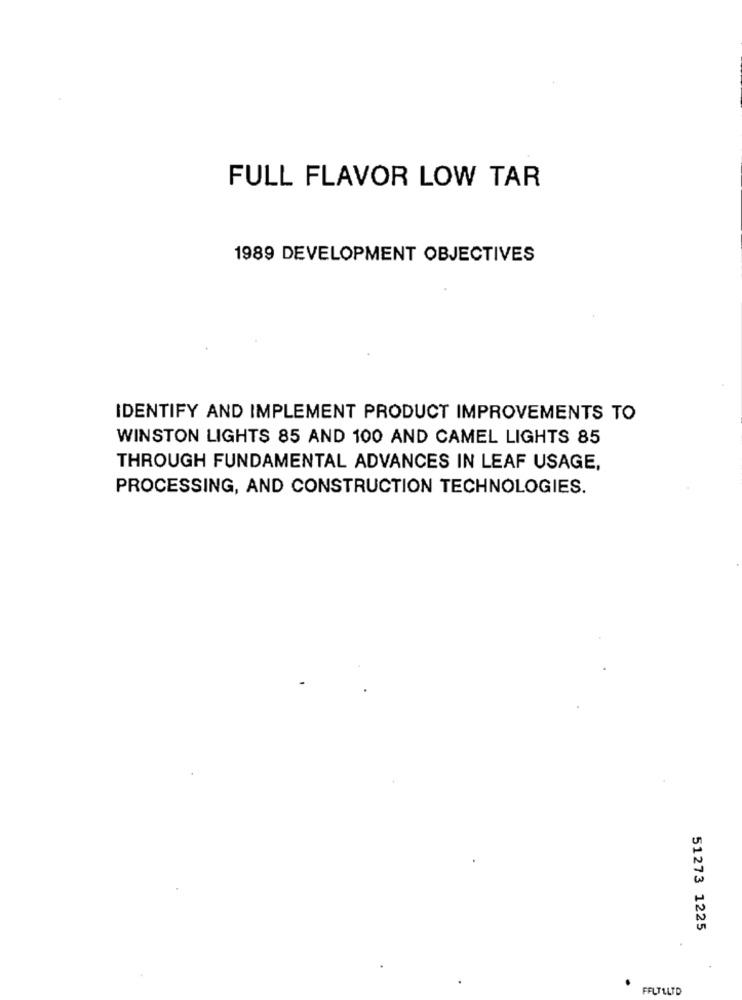
FULL FLAVOR LOW TAR
1989 DEVELOPMENT OBJECTIVES
IDENTIFY AND IMPLEMENT PRODUCT IMPROVEMENTS TO
WINSTON LIGHTS 85 AND 100 AND CAMEL LIGHTS 85
THROUGH FUNDAMENTAL ADVANCES IN LEAF USAGE,
PROCESSING, AND CONSTRUCTION TECHNOLOGIES.
51273 1225
.
FFUTILTD